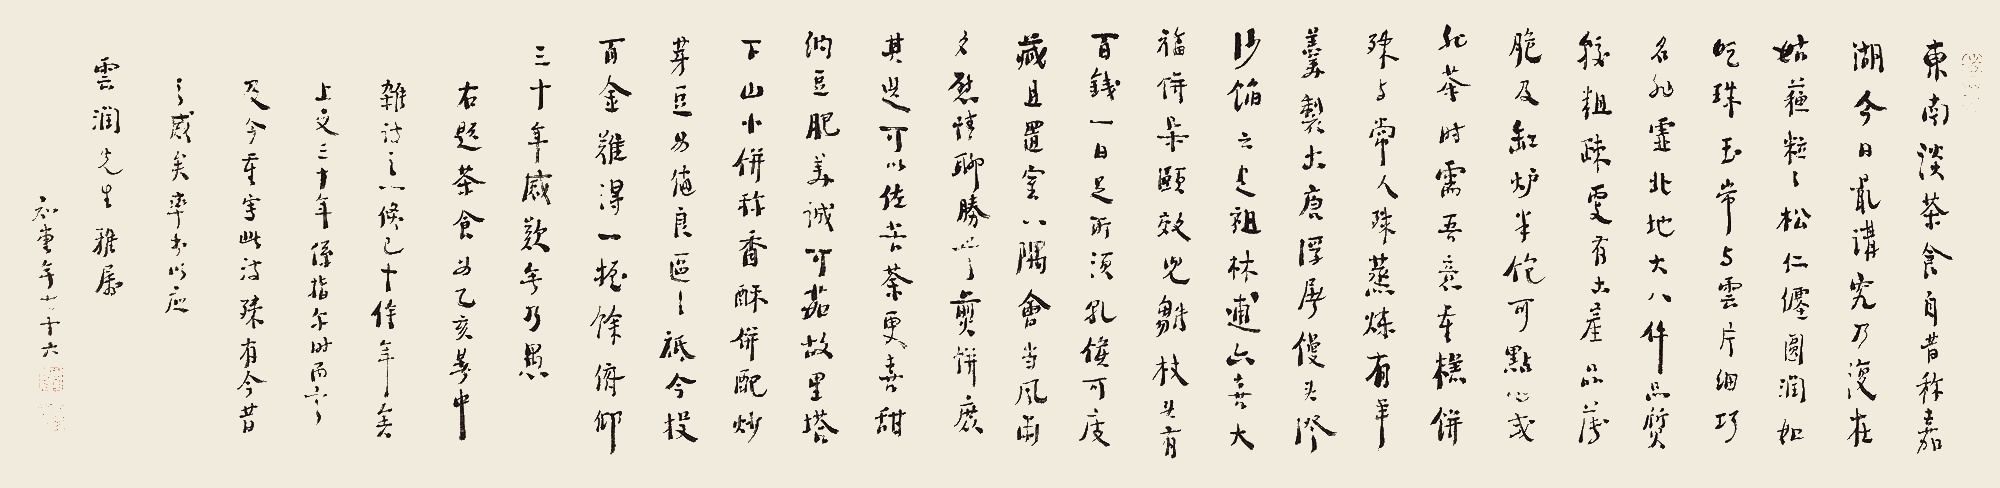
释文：东南谈茶食，自昔称嘉湖。今日最讲究，乃复在姑苏。粒粒松仁缠，圆润如明珠。玉带与云片，细巧名非虚。北地大八件，品质较粗疏。更有土产品，薄脆及缸炉。半饱可点心，或非茶时需。吾意重糕饼，殊与常人殊。蒸炼有羊羹，制出唐浮屠。馒头澄沙馅，云是祖林逋。亦喜大福饼，朵颐效儿雏。杖头有百钱，一日足所需。干侯可庋藏，且置室一隅。会当风雨夕，慰情聊胜无。煎饼庶其选，可以佐苦荼。更喜甜纳豆，肥美诚可茹。故里塔下山，小饼称香酥。并配炒芽豆，为值良区区。只今投百金，难得一握余。俯仰三十年，感叹无乃愚。右题《茶食》为乙亥暑中杂诗之一，倏已十作年矣。上文三十年系指尔时而言，及今重写此诗殊有今昔之感矣。率书以应云润先生雅属。知堂年七十六。